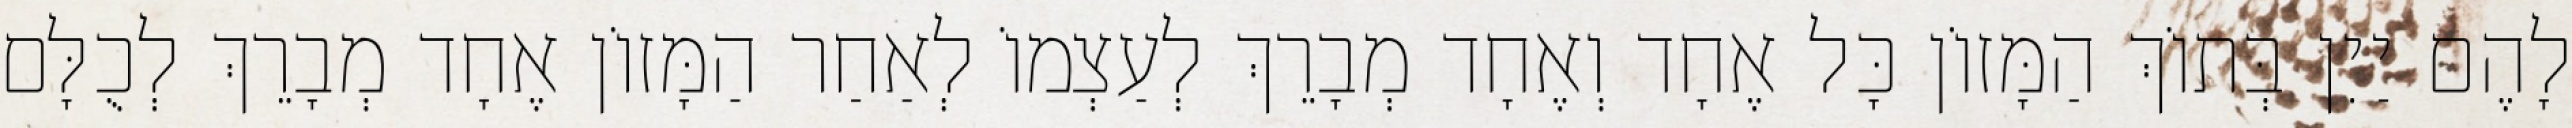
לָהֶם יַיִן בְּתוֹךְ הַמָּזוֹן כָּל אֶחָד וְאֶחָד מְבָרֵךְ לְעַצְמוֹ לְאַחַר הַמָּזוֹן אֶחָד מְבָרֵךְ לְכֻלָּם